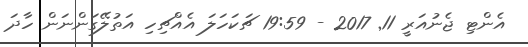
އެންޓި ޖެނުއަރީ 11